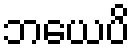
ဘယေပိ